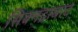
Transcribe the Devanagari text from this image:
सिक्नद्राबाद